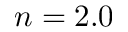
n = 2 . 0